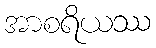
အာစရိယဿ